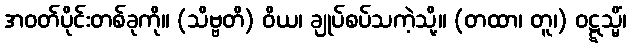
အဝတ်ပိုင်းတစ်ခုကို။ (သိဗ္ဗတိ) ဝိယ၊ ချုပ်စပ်သကဲ့သို့။ (တထာ၊ တူ၊) ဝဋ္ဋသ္မိံ၊